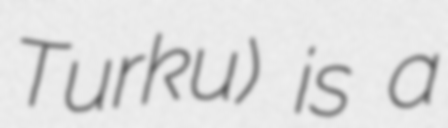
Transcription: Turku) is a